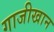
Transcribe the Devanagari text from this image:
गाजीखान